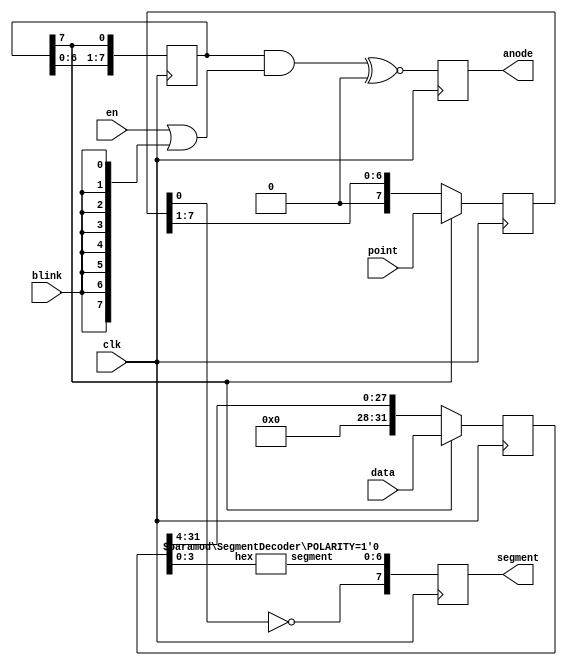
`timescale 1ns / 1ps
//////////////////////////////////////////////////////////////////////////////////
// Company: 
// Engineer: 
// 
// Design Name: 
// Module Name: Seg7Device
// Project Name: 
// Target Devices: 
// Tool Versions: 
// Description: 
// 
// Dependencies: 
// 
// Revision:
// Revision 0.01 - File Created
// Additional Comments:
// 
//////////////////////////////////////////////////////////////////////////////////
module Seg7Device #(
	parameter DIGITS = 8,
	parameter SEG_POLARITY = 1'b0,
	parameter AN_POLARITY = 1'b0
) (
	input clk, input blink, input [DIGITS*4-1:0] data, input [DIGITS-1:0] point,
	input [DIGITS-1:0] en, output reg [7:0] segment, output reg [DIGITS-1:0] anode
);
	wire [6:0] pattern;
	
	reg [DIGITS-1:0] anode_reg = 1;
	reg [DIGITS*4-1:0] dataShift;
	reg [DIGITS-1:0] pointShift;
	
	always @ (posedge clk)
	begin
		anode_reg <= {anode_reg[DIGITS-2:0], anode_reg[DIGITS-1]};
		dataShift <= anode_reg[DIGITS-1]? data: {4'h0, dataShift[DIGITS*4-1:4]};
		pointShift <= anode_reg[DIGITS-1]? point: {1'b0, pointShift[DIGITS-1:1]};
		segment[7] <= pointShift[0] ^~ SEG_POLARITY;
		segment[6:0] <= pattern;
		anode <= (anode_reg & (en | {DIGITS{blink}})) ^~ {DIGITS{AN_POLARITY}};
	end
	
	SegmentDecoder #(.POLARITY(SEG_POLARITY)) decoder(.hex(dataShift[3:0]), .segment(pattern));
	
endmodule

module SegmentDecoder #(
	parameter POLARITY = 1'b0
)(
	input [3:0] hex, output reg [6:0] segment
);

	generate
	if(POLARITY)
	begin: POLARITY_P
		always @*
		case(hex)
		4'h0: segment[6:0] <= 7'b0111111;
		4'h1: segment[6:0] <= 7'b0000110;
		4'h2: segment[6:0] <= 7'b1011011;
		4'h3: segment[6:0] <= 7'b1001111;
		4'h4: segment[6:0] <= 7'b1100110;
		4'h5: segment[6:0] <= 7'b1101101;
		4'h6: segment[6:0] <= 7'b1111101;
		4'h7: segment[6:0] <= 7'b0000111;
		4'h8: segment[6:0] <= 7'b1111111;
		4'h9: segment[6:0] <= 7'b1101111;
		4'hA: segment[6:0] <= 7'b1110111;
		4'hB: segment[6:0] <= 7'b1111100;
		4'hC: segment[6:0] <= 7'b0111001;
		4'hD: segment[6:0] <= 7'b1011110;
		4'hE: segment[6:0] <= 7'b1111001;
		4'hF: segment[6:0] <= 7'b1110001;
		endcase
	end
	else
	begin: POLARITY_N
		always @*
		case(hex)
		4'h0: segment[6:0] <= 7'b1000000;
		4'h1: segment[6:0] <= 7'b1111001;
		4'h2: segment[6:0] <= 7'b0100100;
		4'h3: segment[6:0] <= 7'b0110000;
		4'h4: segment[6:0] <= 7'b0011001;
		4'h5: segment[6:0] <= 7'b0010010;
		4'h6: segment[6:0] <= 7'b0000010;
		4'h7: segment[6:0] <= 7'b1111000;
		4'h8: segment[6:0] <= 7'b0000000;
		4'h9: segment[6:0] <= 7'b0010000;
		4'hA: segment[6:0] <= 7'b0001000;
		4'hB: segment[6:0] <= 7'b0000011;
		4'hC: segment[6:0] <= 7'b1000110;
		4'hD: segment[6:0] <= 7'b0100001;
		4'hE: segment[6:0] <= 7'b0000110;
		4'hF: segment[6:0] <= 7'b0001110;
		endcase
	end
	endgenerate

endmodule